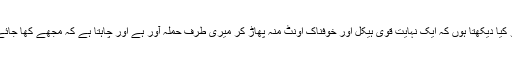
تو کیا دیکھتا ہوں کہ ایک نہایت قوی ہیکل اور خوفناک اونٹ منہ پھاڑ کر میری طرف حملہ آور ہے اور چاہتا ہے کہ مجھے کھا جائے۔